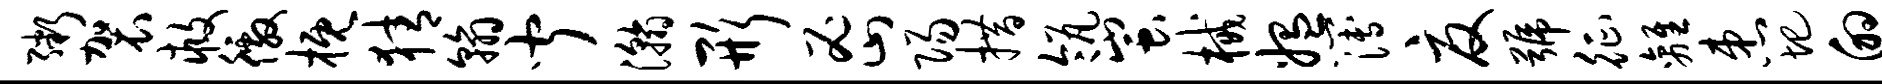
粥袈救徼概猜翰闻瀚形密阳措瓴蚩械媪簿夏号征离患圯的